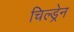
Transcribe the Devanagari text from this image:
चिल्‍ड्रेन